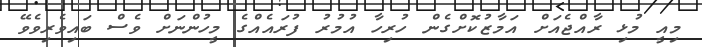
މިއީ މުޅި ރާއްޖެއަށް އަމާޒުކޮށްގެން ހުރިހާ އުމުރު ފުރައެއްގެ މީހުންނަށް ވެސް ބައިވެރިވެވޭ